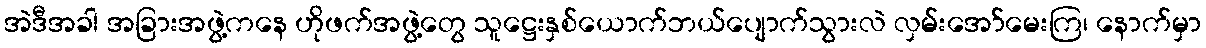
အဲဒီအခါ အခြားအဖွဲ့ကနေ ဟိုဖက်အဖွဲ့တွေ သူဋ္ဌေးနှစ်ယောက်ဘယ်ပျောက်သွားလဲ လှမ်းအော်မေးကြ၊ နောက်မှာ